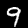
Label: 9